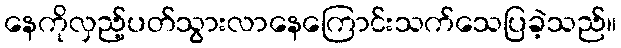
နေကိုလှည့်ပတ်သွားလာနေကြောင်းသက်သေပြခဲ့သည်။